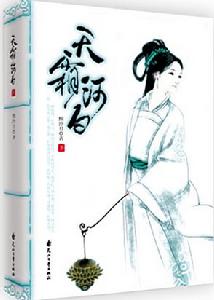
此夜星繁河正白，人传织女牵牛客。